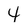
Character: 4